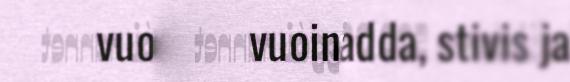
vuoinataga *3adda, stivis ja